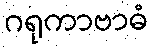
ဂရုကာဗာဓံ